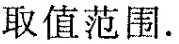
取值范围.